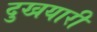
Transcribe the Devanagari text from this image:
दुखयारी